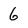
Character: 6